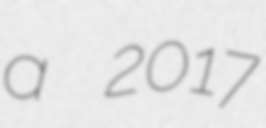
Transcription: a 2017